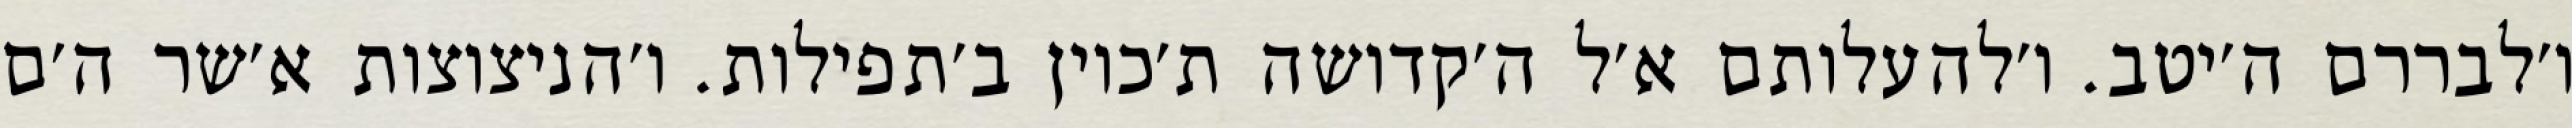
ו׳לבררם ה׳יטב. ו׳להעלותם א׳ל ה׳קדושה ת׳כוין ב׳תפילות. ו׳הניצוצות א׳שר ה׳ם